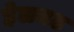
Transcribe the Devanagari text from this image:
हेलमठ